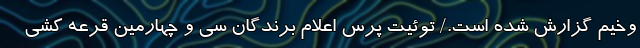
وخیم گزارش شده است./ توئیت پرس اعلام برندگان سی و چهارمین قرعه کشی